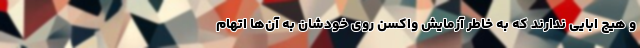
و هیچ ابایی ندارند که به خاطرِ آزمایشِ واکسن روی خودشان به آن‌ها اتهام